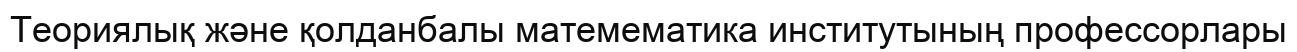
Теориялық және қолданбалы матемематика институтының профессорлары